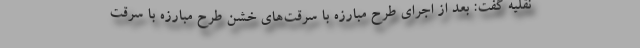
نقلیه گفت: بعد از اجرای طرح مبارزه با سرقت‌های خشن طرح مبارزه با سرقت